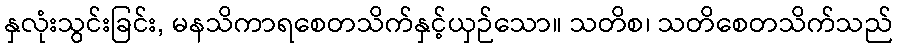
နှလုံးသွင်းခြင်း, မနသိကာရစေတသိက်နှင့်ယှဉ်သော။ သတိစ၊ သတိစေတသိက်သည်